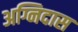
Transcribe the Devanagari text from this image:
अग्निदास